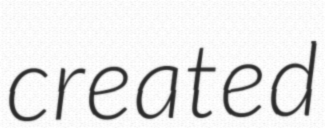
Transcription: created